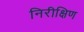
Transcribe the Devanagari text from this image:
निरीक्षिण